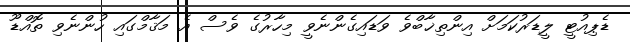
ޑެޕިއުޓީ ލީޑަރުކަމަށް އިންތިޚާބްވެ ވަޑައިގެންނެވީ މިހާރުގެ ވެސް އެ މަޤާމްގައި ހުންނެވި ތޮއްޑޫ